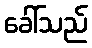
ခေါ်သည်